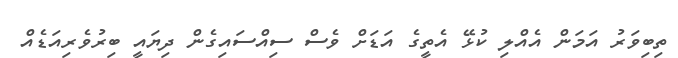
ތިބިވަރު އަމަން އެއްލި ކުޅޭ އެތީގެ އަޑަށް ވެސް ސިއްސައިގެން ދިޔައީ ބިރުވެރިއަޑެއް